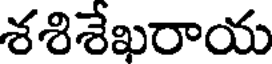
శశిశేఖరాయ